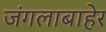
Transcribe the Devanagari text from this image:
जंगलाबाहेर